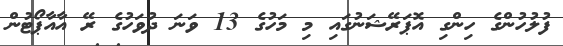
ފުލުހުންގެ ހިންގި އޮޕަރޭޝަނުގައި މި މަހުގެ 13 ވަނަ ދުވަހުގެ ރޭ އާއާޕޯޓުން